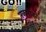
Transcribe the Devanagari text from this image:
तकनीकों।